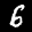
Label: 6